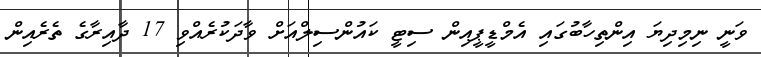
ވަނީ ނިމިދިޔަ އިންތިހާބުގައި އެމްޑީޕީއިން ސިޓީ ކައުންސިލްއަށް ވާދަކުރެއްވި 17 ދާއިރާގެ ތެރެއިން